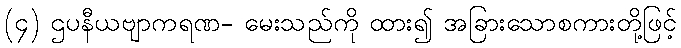
(၄) ဌပနီယဗျာကရဏ- မေးသည်ကို ထား၍ အခြားသောစကားတို့ဖြင့်